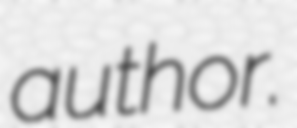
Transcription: author.